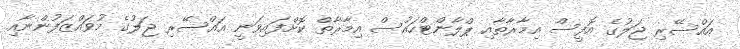
އައްސޭރި ޖަލުގެ އޮފީސް އިމާރާތާއި ޕްލާންޓްހައުސް އިމާރާތް ކޮށްފައިވަނީ އައްސޭރި ޖަލުގެ މުވައްޒަފުންނާއި